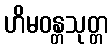
ဟိမဝန္တသုတ္တ